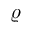
\varrho